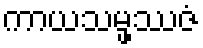
ကာယသမ္ဖဿဇံ